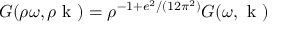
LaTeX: G ( \rho \omega , \rho \mathrm { \boldmath ~ k ~ } ) = \rho ^ { - 1 + e ^ { 2 } / ( 1 2 \pi ^ { 2 } ) } G ( \omega , \mathrm { \boldmath ~ k ~ } )